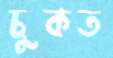
চুকত